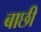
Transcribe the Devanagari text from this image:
बाछी